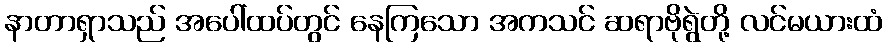
နာတာရှာသည် အပေါ်ထပ်တွင် နေကြသော အကသင် ဆရာဗိုရွဲတို့ လင်မယားထံ